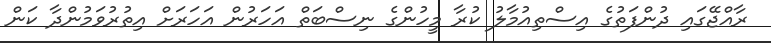
ރާއްޖޭގައި ދުންފަތުގެ އިސްތިއުމާލު ކުރާ މީހުންގެ ނިސްބަތް އަހަރުން އަހަރަށް އިތުރުވަމުންދާ ކަން